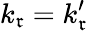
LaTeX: k_{\mathfrak{r}}=k_{\mathfrak{r}}^{\prime}